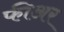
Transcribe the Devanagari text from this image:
फीअर